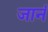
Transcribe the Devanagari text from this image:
जानं